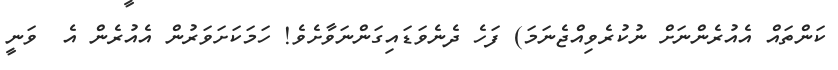
ކަންތައް އެއުރެންނަށް ނުކުރެވިއްޖެނަމަ) ފަހެ ދެނެވަޑައިގަންނަވާށެވެ! ހަމަކަށަވަރުން އެއުރެން އެ  ވަނީ